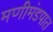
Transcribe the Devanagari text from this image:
मणीमंडपात